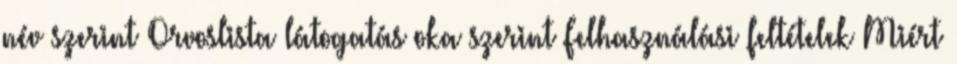
név szerint Orvoslista látogatás oka szerint Felhasználási feltételek Miért